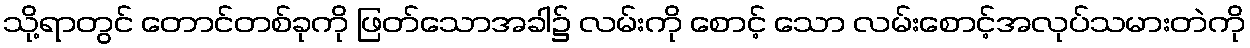
သို့ရာတွင် တောင်တစ်ခုကို ဖြတ်သောအခါ၌ လမ်းကို စောင့် သော လမ်းစောင့်အလုပ်သမားတဲကို